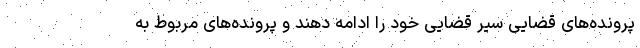
پرونده‌های قضایی سیر قضایی خود را ادامه دهند و پرونده‌های مربوط به